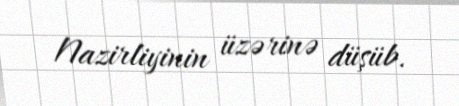
Nazirliyinin üzərinə düşüb.